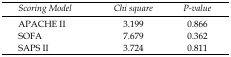
| Scoring Model | Chi square | P-value |
 | --- | --- | --- |
 | APACHE II | 3.199 | 0.866 |
 | SOFA | 7.679 | 0.362 |
 | SAPS II | 3.724 | 0.811 |